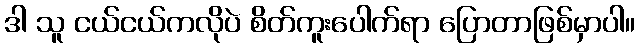
ဒါ သူ ငယ်ငယ်ကလိုပဲ စိတ်ကူးပေါက်ရာ ပြောတာဖြစ်မှာပါ။